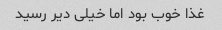
غذا خوب بود اما خیلی دیر رسید